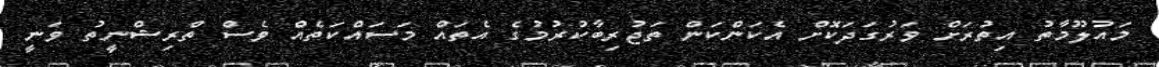
މައުލޫމާތު އިިތުރަށް ވަރުގަދަކޮށް އެކަންކަން ތަޖުރިބާކުރުމުގެ އެތައް މަސައްކަތެއް ވެސް ތްރިޝްނީތު ވަނީ